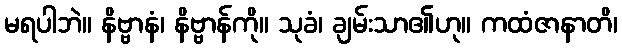
မရပါဘဲ။ နိဗ္ဗာနံ၊ နိဗ္ဗာန်ကို။ သုခံ၊ ချမ်းသာ၏ဟု။ ကထံဇာနာတိ၊